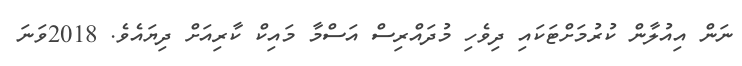
ނަން އިއުލާން ކުރުމަށްޓަކައި ދިވެހި މުދައްރިސް އަސްމާ މައިކް ކާރިއަށް ދިޔައެވެ. 2018ވަނަ